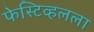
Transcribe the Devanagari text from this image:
फेस्टिव्हलला